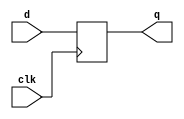
module block(		q,
					d,
					clk);

	output		q	;

	input		d	;
	input		clk	;

	reg			nl	;
	reg			q	;

	always @ (posedge clk) begin
		nl = d; //blocking
		q = nl; //blocking
	end

endmodule

module nonblock(	q,
					d,
					clk);

	output		q	;
	
	input		d	;
	input		clk	;

	reg			nl	;
	reg			q	;

	always @ (posedge clk) begin
		nl <= d; //nonblocking
		q <= nl; //nonblocking end
	end

endmodule